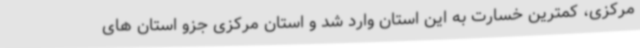
مرکزی، کمترین خسارت به این استان وارد شد و استان مرکزی جزو استان های